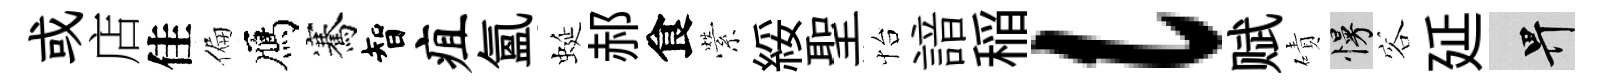
或店佳偏鴈騫智疽氲蜒郝食縈綏聖怡諳稲l赋磧慢容延畀